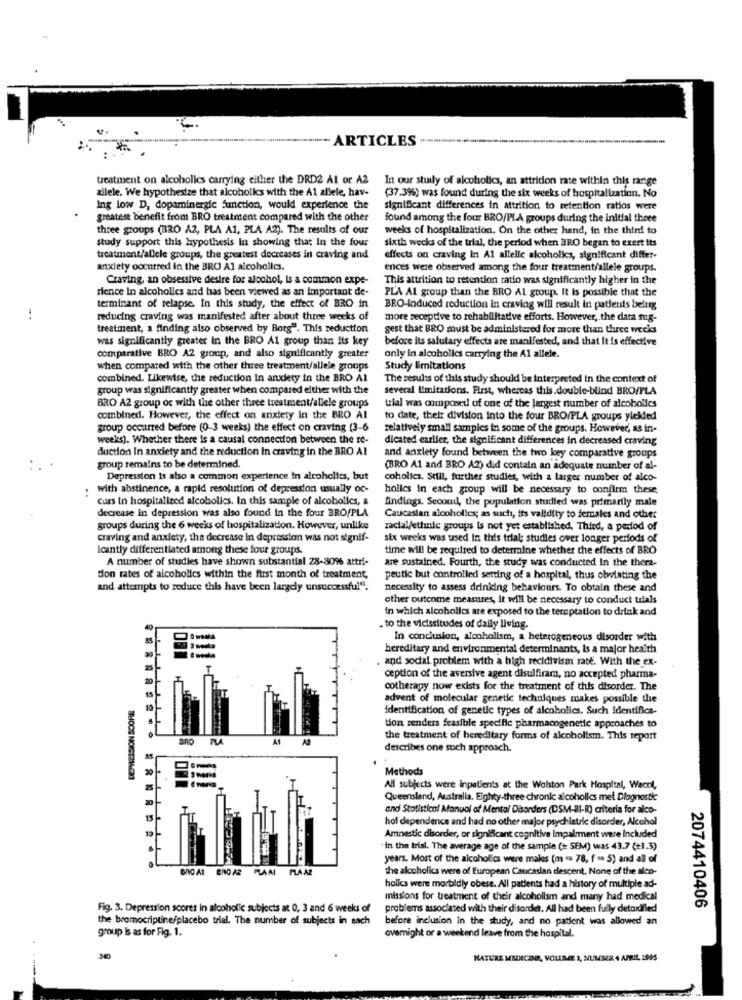
- ARTICLES
treatment on alcoholics carrying either the DRD2 Al or A2
In our stuily of alcoholics, an attrition rate within this range
zilele. We hypothesize that alcoholks with the Al allele, hav-
(37.3%) was found during the six weeks of hospitalization. No
Ing low D, dopaminergic function, would experience the
significant differences in attrition to retention ratios were
greatest benefit from BRO treatment compared with the other
found among the four BRO/PLA groups during the initial three
three groups (BRO A2, PLA A1, PLA A2). The results of our
weeks of hospitalization. On the other hand, in the third to
study support this hypothesis In showing that In the four
sixth wecks of the trial, the period when BRO began to exert its
treatment/allele groups, the greatest decreases in craving and
effects on craving in Al allelle alcoholics, significant differ-
anxiety occurred In the BRO Al alcoholics.
ences were observed among the four treatment/allele groups.
Craving, an obsessive desire for alcohol, Is a common expe-
This attrition to retention ratio was significantly higher in the
rience In alcoholics and has been viewed as an important de-
PLA Al group than the BRO Al group. It Is possible that the
terminant of relapse. In this study, the effect of BRO in
BRO-induced reduction in craving will result in patients being
reducing craving was manifested after about three weeks of
more receptive to rehabilitative efforts. However, the data mug-
treatment, a finding also observed by Borg". This reduction
gest that BRO must be administered for more than three weeks
was significantly greater in the BRO Al group than Its key
before its salutary effects are manifested, and that It is effective
comparative BRO A2 group, and also significantly greater
only in alcoholles carrying the Al allele.
when compared with the other three treatment/allele groups
Study limitations
combined. Likewise, the reduction In anxiety in the BRO AI
The results of this study should be interpreted in the context of
group was significantly greater when compared either with the
several limitations. First, whereas this.double-blind BRO/PLA
BRO A2 group or with the other three treatment/allele groups
trial was composed of one of the largest number of alcoholics
combined. However, the effect on anxiety in the BRO Al
to date, their division into the four BRO/PLA groups yiekled
group occurred before (0-3 weeks) the effect on craving (3-6
relatively small samples in some of the groups. However, as in-
weeks). Whether there Is a causal connection between the re-
dicated earlier, the significant differences in decreased craving
duction In anxiety and the reduction In craving in the BRO AI
and anxiety found between the two key comparative groups
group remains to be determined.
(BRO A1 and BRO A2) did contain an adequate number of al-
Depression Is also a common experience in alcoholics, but
coholics. Still, further studies, with a larger number of alco-
:
with abstinence, a rapid resolution of depression usually oc-
holles In each group will be necessary to confirm these,
Curs In hospitalized alcoholics. In this sample of alcoholics, a
findings. Second, the population studied was primarily male
decrease in depression was also found in the four BRO/PLA
Caucasian alcoholles; as such, its validity to females and other
groups during the 6 weeks of hospitalization. However, unlike
racial/ethnic groups is not yet established, Third, a period of
craving and anxiety, the decrease in depression was not signif-
six weeks was used in this trial; studies over longer periods of
Icantly differentiated among these four groups.
time will be required to determine whether the effects of BRO
A number of studies have shown substantial 28-80% attri-
are sustained. Fourth, the study was conducted in the there-
tion rates of alcoholics within the first month of treatment,
peutic but controlled setting of a hospital, thus obviating the
and attempts to reduce this have been largely unsuccessful".
necessity to assess drinking behaviours. To obtain these and
other outcome measures, it will be necessary to conduct trials
in which alcoholles are exposed to the temptation to drink and
. to the vicissitudes of daily living.
In conclusion, alcoholism, a heterogeneous disorder with
hereditary and environmental determinants, is a major health
and sodal problem with a high recidivism rate. With the ex-
ception of the aversive agent disulfiram, no accepted pharma-
cotherapy now exists for the treatment of this disorder. The
DEPRECISION SCORE
advent of molecular genetic techniques makes possible the
identification of genetic types of alcoholics. Such identifica-
tion renders feasible specific pharmacogenette approaches to
PLA
the treatment of hereditary forms of alcoholism. This report
describes one such approach.
Methods
All subjects were inpatients at the Walston Park Hospital, Wacol,
Queensland, Australia. Eighty-three chronic alcoholics met Diognostic
and Statistical Manual of Mental Disorders (DSM-III-R) criteria for alco-
hol dependence and had no other major psychiatric disorder, Alcohol
Amnestic disorder, or significant cognitive impairment were Included
. in the trial. The average age of the sample (t SEM) was 43.7 (+1.3)
years. Most of the alcoholics were makes (m "> 78, f = 5) and all of
PLA AZ
the alcoholics were of European Caucasian descent, None of the alco-
holics were morbidly obese. All patients had a history of multiple ad-
missions for treatment of their alcoholism and many had medical
Fig. 3. Depression scores in alcoholic subjects at 0, 3 and 6 weeks of
problems associated with their disorder. All had been fully detordfled
2074410406
the bromocriptine/placebo trial. The number of subjects in each
before inclusion in the study, and no patient was allowed an
group is as for Fig. 1.
ovemight or a weekend leave from the hospital.
NATURE MEDICINE, VOLUME 1, NUMMER 4 APRIL 1995